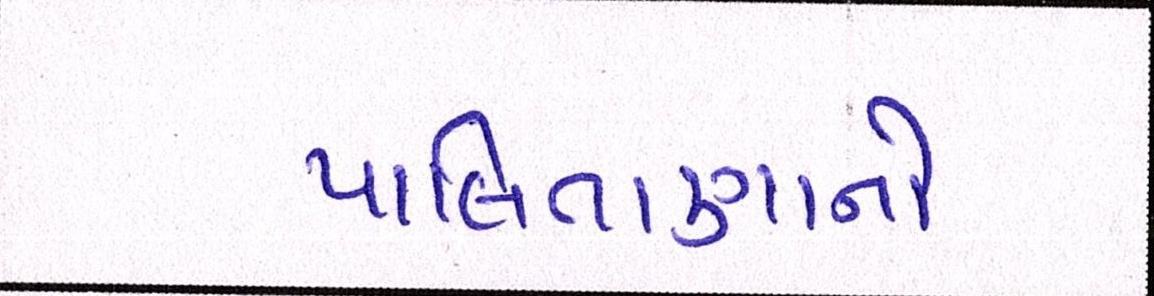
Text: પાલિતાણાનો